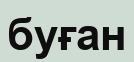
буған